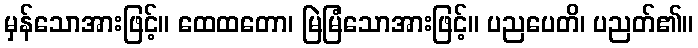
မှန်သောအားဖြင့်။ ထေထတော၊ မြဲမြံသောအားဖြင့်။ ပညပေတိ၊ ပညတ်၏။